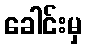
ခေါင်းမှ